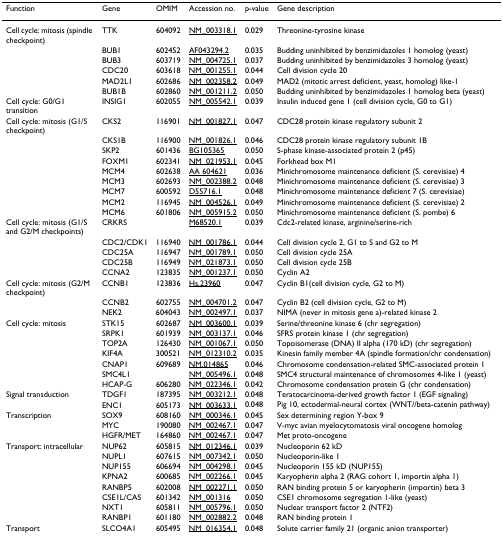
<table><thead><tr><td><b>Function</b></td><td><b>Gene</b></td><td><b>OMIM</b></td><td><b>Accession no.</b></td><td><b>p-value</b></td><td><b>Gene description</b></td></tr></thead><tbody><tr><td>Cell cycle: mitosis (spindle checkpoint)</td><td>TTK</td><td>604092</td><td>NM_003318.1</td><td>0.029</td><td>Threonine-tyrosine kinase</td></tr><tr><td></td><td>BUB1</td><td>602452</td><td>AF043294.2</td><td>0.035</td><td>Budding uninhibited by benzimidazoles 1 homolog (yeast)</td></tr><tr><td></td><td>BUB3</td><td>603719</td><td>NM_004725.1</td><td>0.037</td><td>Budding uninhibited by benzimidazoles 3 homolog (yeast)</td></tr><tr><td></td><td>CDC20</td><td>603618</td><td>NM_001255.1</td><td>0.044</td><td>Cell division cycle 20</td></tr><tr><td></td><td>MAD2L1</td><td>602686</td><td>NM_002358.2</td><td>0.049</td><td>MAD2 (mitotic arrest deficient, yeast, homolog) like-1</td></tr><tr><td></td><td>BUB1B</td><td>602860</td><td>NM_001211.2</td><td>0.050</td><td>Budding uninhibited by benzimidazoles 1 homolog beta (yeast)</td></tr><tr><td>Cell cycle: G0/G1 transition</td><td>INSIG1</td><td>602055</td><td>NM_005542.1</td><td>0.039</td><td>Insulin induced gene 1 (cell division cycle, G0 to G1)</td></tr><tr><td>Cell cycle: mitosis (G1/S checkpoint)</td><td>CKS2</td><td>116901</td><td>NM_001827.1</td><td>0.047</td><td>CDC28 protein kinase regulatory subunit 2</td></tr><tr><td></td><td>CKS1B</td><td>116900</td><td>NM_001826.1</td><td>0.046</td><td>CDC28 protein kinase regulatory subunit 1B</td></tr><tr><td></td><td>SKP2</td><td>601436</td><td>BG105365</td><td>0.050</td><td>S-phase kinase-associated protein 2 (p45)</td></tr><tr><td></td><td>FOXM1</td><td>602341</td><td>NM_021953.1</td><td>0.045</td><td>Forkhead box M1</td></tr><tr><td></td><td>MCM4</td><td>602638</td><td>AA 604621</td><td>0.036</td><td>Minichromosome maintenance deficient (S. cerevisiae) 4</td></tr><tr><td></td><td>MCM3</td><td>602693</td><td>NM_002388.2</td><td>0.048</td><td>Minichromosome maintenance deficient (S. cerevisiae) 3</td></tr><tr><td></td><td>MCM7</td><td>600592</td><td>D55716.1</td><td>0.048</td><td>Minichromosome maintenance deficient 7 (S. cerevisiae)</td></tr><tr><td></td><td>MCM2</td><td>116945</td><td>NM_004526.1</td><td>0.049</td><td>Minichromosome maintenance deficient (S. cerevisiae) 2</td></tr><tr><td></td><td>MCM6</td><td>601806</td><td>NM_005915.2</td><td>0.050</td><td>Minichromosome maintenance deficient (S. pombe) 6</td></tr><tr><td>Cell cycle: mitosis (G1/S and G2/M checkpoints)</td><td>CRKRS</td><td></td><td>M68520.1</td><td>0.039</td><td>Cdc2-related kinase, arginine/serine-rich</td></tr><tr><td></td><td>CDC2/CDK1</td><td>116940</td><td>NM_001786.1</td><td>0.044</td><td>Cell division cycle 2, G1 to S and G2 to M</td></tr><tr><td></td><td>CDC25A</td><td>116947</td><td>NM_001789.1</td><td>0.050</td><td>Cell division cycle 25A</td></tr><tr><td></td><td>CDC25B</td><td>116949</td><td>NM_021873.1</td><td>0.050</td><td>Cell division cycle 25B</td></tr><tr><td></td><td>CCNA2</td><td>123835</td><td>NM_001237.1</td><td>0.050</td><td>Cyclin A2</td></tr><tr><td>Cell cycle: mitosis (G2/M checkpoint)</td><td>CCNB1</td><td>123836</td><td>Hs.23960</td><td>0.047</td><td>Cyclin B1(cell division cycle, G2 to M)</td></tr><tr><td></td><td>CCNB2</td><td>602755</td><td>NM_004701.2</td><td>0.047</td><td>Cyclin B2 (cell division cycle, G2 to M)</td></tr><tr><td></td><td>NEK2</td><td>604043</td><td>NM_002497.1</td><td>0.037</td><td>NIMA (never in mitosis gene a)-related kinase 2</td></tr><tr><td>Cell cycle: mitosis</td><td>STK15</td><td>602687</td><td>NM_003600.1</td><td>0.039</td><td>Serine/threonine kinase 6 (chr segregation)</td></tr><tr><td></td><td>SRPK1</td><td>601939</td><td>NM_003137.1</td><td>0.046</td><td>SFRS protein kinase 1 (chr segregation)</td></tr><tr><td></td><td>TOP2A</td><td>126430</td><td>NM_001067.1</td><td>0.050</td><td>Topoisomerase (DNA) II alpha (170 kD) (chr segregation)</td></tr><tr><td></td><td>KIF4A</td><td>300521</td><td>NM_012310.2</td><td>0.035</td><td>Kinesin family member 4A (spindle formation/chr condensation)</td></tr><tr><td></td><td>CNAP1</td><td>609689</td><td>NM.014865</td><td>0.046</td><td>Chromosome condensation-related SMC-associated protein 1</td></tr><tr><td></td><td>SMC4L1</td><td></td><td>NM_005496.1</td><td>0.048</td><td>SMC4 structural maintenance of chromosomes 4-like 1 (yeast)</td></tr><tr><td></td><td>HCAP-G</td><td>606280</td><td>NM_022346.1</td><td>0.042</td><td>Chromosome condensation protein G (chr condensation)</td></tr><tr><td>Signal transduction</td><td>TDGF1</td><td>187395</td><td>NM_003212.1</td><td>0.048</td><td>Teratocarcinoma-derived growth factor 1 (EGF signaling)</td></tr><tr><td></td><td>ENC1</td><td>605173</td><td>NM_003633.1</td><td>0.048</td><td>Pig 10, ectodermal-neural cortex (WNT//beta-catenin pathway)</td></tr><tr><td>Transcription</td><td>SOX9</td><td>608160</td><td>NM_000346.1</td><td>0.045</td><td>Sex determining region Y-box 9</td></tr><tr><td></td><td>MYC</td><td>190080</td><td>NM_002467.1</td><td>0.047</td><td>V-myc avian myelocytomatosis viral oncogene homolog</td></tr><tr><td></td><td>HGFR/MET</td><td>164860</td><td>NM_002467.1</td><td>0.047</td><td>Met proto-oncogene</td></tr><tr><td>Transport: intracellular</td><td>NUP62</td><td>605815</td><td>NM_012346.1</td><td>0.039</td><td>Nucleoporin 62 kD</td></tr><tr><td></td><td>NUPL1</td><td>607615</td><td>NM_007342.1</td><td>0.050</td><td>Nucleoporin-like 1</td></tr><tr><td></td><td>NUP155</td><td>606694</td><td>NM_004298.1</td><td>0.045</td><td>Nucleoporin 155 kD (NUP155)</td></tr><tr><td></td><td>KPNA2</td><td>600685</td><td>NM_002266.1</td><td>0.045</td><td>Karyopherin alpha 2 (RAG cohort 1, importin alpha 1)</td></tr><tr><td></td><td>RANBP5</td><td>602008</td><td>NM_002271.1</td><td>0.050</td><td>RAN binding protein 5 or karyopherin (importin) beta 3</td></tr><tr><td></td><td>CSE1L/CAS</td><td>601342</td><td>NM_001316</td><td>0.050</td><td>CSE1 chromosome segregation 1-like (yeast)</td></tr><tr><td></td><td>NXT1</td><td>605811</td><td>NM_005796.1</td><td>0.050</td><td>Nuclear transport factor 2 (NTF2)</td></tr><tr><td></td><td>RANBP1</td><td>601180</td><td>NM_002882.2</td><td>0.048</td><td>RAN binding protein 1</td></tr><tr><td>Transport</td><td>SLCO4A1</td><td>605495</td><td>NM_016354.1</td><td>0.048</td><td>Solute carrier family 21 (organic anion transporter)</td></tr></tbody></table>